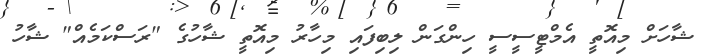
ޝާހަށް މިއޮތީ އެމްޓީސީސީ ހިންގަން ލިބިފައި މިހާރު މިއޮތީ ޝާހުގެ "ރަސްކަމެއް" ޝާހު